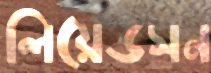
লিয়েডসন